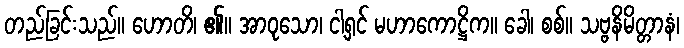
တည်ခြင်းသည်။ ဟောတိ၊ ၏။ အာဝုသော၊ ငါ့ရှင် မဟာကောဋ္ဌိက။ ခေါ၊ စစ်။ သဗ္ဗနိမိတ္တာနံ၊